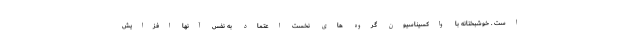
است . خوشبختانه با واکسیناسیون گروه های نخست اعتماد به نفس آنها افزایش